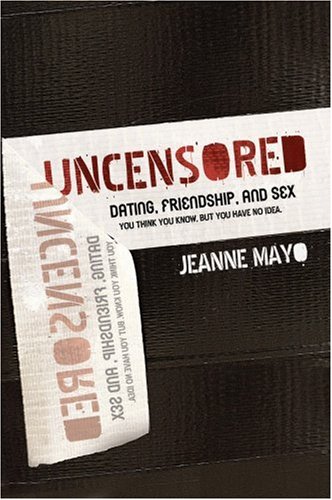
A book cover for Uncensored--Dating, Relationship, and Sex: You Think You Know, But You Have No Idea; Jeanne Mayo; Teen & Young Adult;